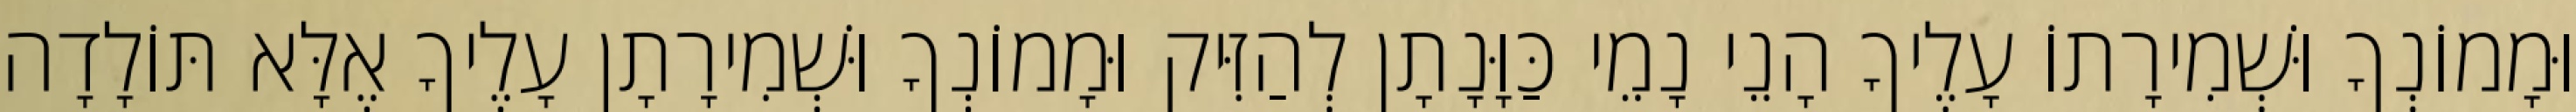
וּמָמוֹנְךָ וּשְׁמִירָתוֹ עָלֶיךָ הָנֵי נָמֵי כַּוָּנָתָן לְהַזִּיק וּמָמוֹנְךָ וּשְׁמִירָתָן עָלֶיךָ אֶלָּא תּוֹלָדָה